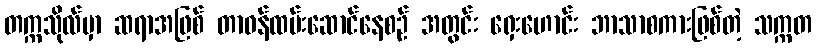
တက္ကသိုလ်မှာ ဆရာအဖြစ် တာဝန်ထမ်းဆောင်နေစဉ် အတွင်း ရှေးဟောင်း ဘာသာစကားဖြစ်တဲ့ သက္ကတ